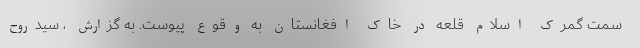
سمت گمرک اسلام قلعه در خاک افغانستان به وقوع پیوست. به گزارش ، سیدروح